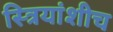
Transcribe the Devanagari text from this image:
स्त्रियांशीच